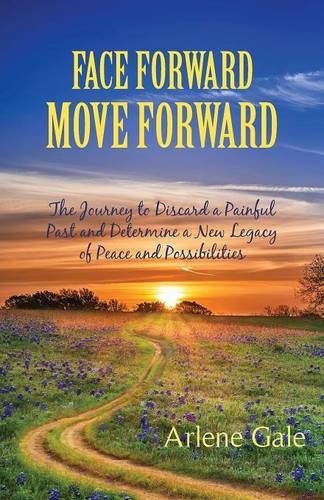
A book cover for Face Forward, Move Forward; Arlene Gale; Health, Fitness & Dieting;